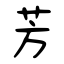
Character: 芳